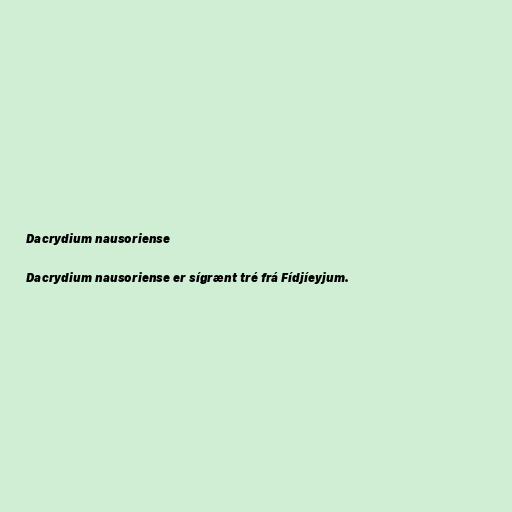
Dacrydium nausoriense

Dacrydium nausoriense er sígrænt tré frá Fídjíeyjum.